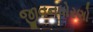
જીવનધોરણો